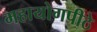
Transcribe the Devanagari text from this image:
महायोगपीठे